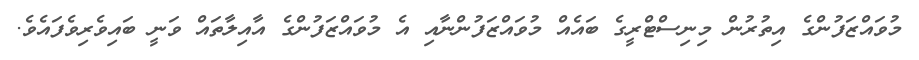
މުވައްޒަފުންގެ އިތުރުން މިނިސްޓްރީގެ ބައެއް މުވައްޒަފުންނާއި އެ މުވައްޒަފުންގެ އާއިލާތައް ވަނީ ބައިވެރިވެފައެވެ.